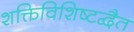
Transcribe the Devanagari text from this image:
शक्तिविशिष्टद्वैत